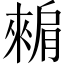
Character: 𬛕